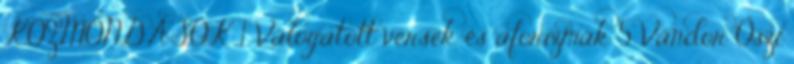
KÖZMONDÁSOK 1 Válogatott versek és aforizmák 5 Vándor Őszi